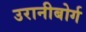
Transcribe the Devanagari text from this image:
उरानीबोर्ग